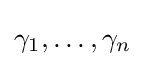
\gamma _{1},\dots ,\gamma _{n}